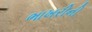
ભાખરીની